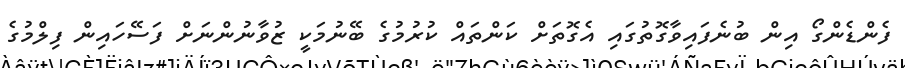
ފެންޑެންގޯ އިން ބުނެފައިވާގޮތުގައި އެގޮތަށް ކަންތައް ކުރުމުގެ ބޭނުމަކީ ޒުވާނުންނަށް ފަސޭހައިން ފިލްމުގެ